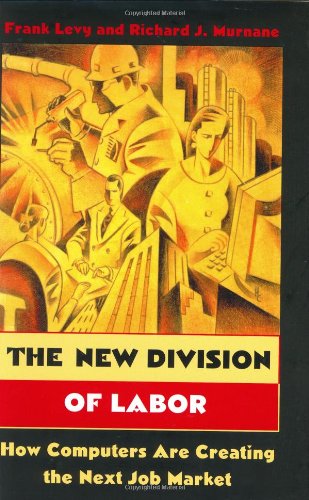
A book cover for The New Division of Labor: How Computers Are Creating the Next Job Market; Frank Levy; Business & Money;